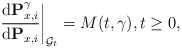
\begin{align*} \left.\frac{{\rm d}\mathbf{P}^\gamma_{x,i}}{{\rm d}\mathbf{P}_{x,i}}\right|_{\mathcal{G}_t} = M(t,\gamma),t\geq 0, \end{align*}